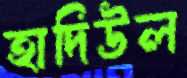
হাদিউল